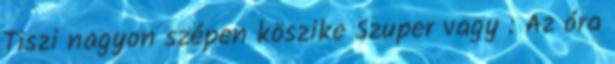
Tiszi nagyon szépen köszike Szuper vagy : Az óra